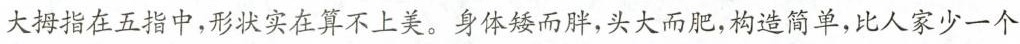
大拇指在五指中，形状实在算不上美。身体矮而胖，头大而肥，构造简单，比人家少一个